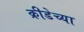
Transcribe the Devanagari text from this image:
क्रीडेच्या